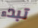
تبدء